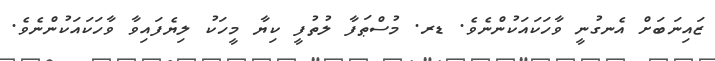
ޒައިނަބަށް އެނގުނީ ވާހަކައަކުންނެވެ. ޑރ. މުސްޠަފާ ލުތުފީ ކިޔާ މީހަކު ލިޔެފައިވާ ވާހަކައަކުންނެވެ.